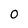
Character: 0